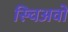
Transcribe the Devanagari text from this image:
स्चिअवो